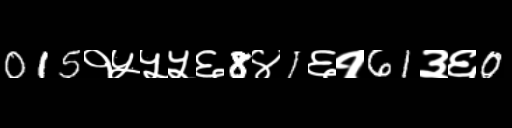
Text: 015१५५५६8४1६१61३६0